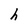
Character: h